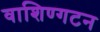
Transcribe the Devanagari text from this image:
वाशिण्गटन